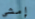
إمشي